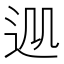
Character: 𨒁